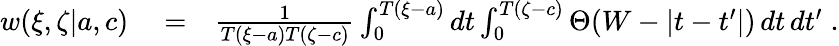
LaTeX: \begin{array}{rlr}{w(\xi,\zeta|{a},{c})}&{{}=}&{\frac{1}{T(\xi-a)T(\zeta-c)}\int_{0}^{T(\xi-a)}dt\int_{0}^{T(\zeta-c)}\Theta(W-|t-t^{\prime}|)\, dt\, dt^{\prime}\; .}\end{array}